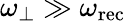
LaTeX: \omega_{\perp}\gg\omega_{\mathrm{rec}}